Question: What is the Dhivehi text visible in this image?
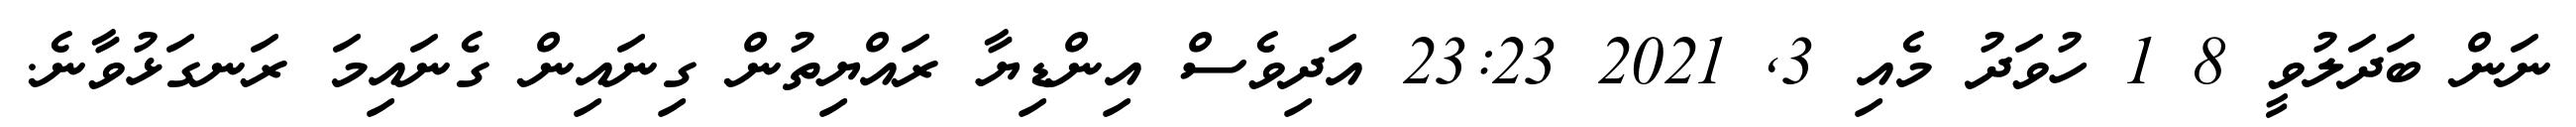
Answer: ނަން ބަދަލުވީ 8 1 ހުވަދު މެއި 3, 2021 23:23 އަދިވެސް އިންޑިޔާ ރައްޔިތުން ގިނައިން ގެނައިމަ ރަނގަޅުވާނެ.